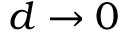
d \rightarrow 0